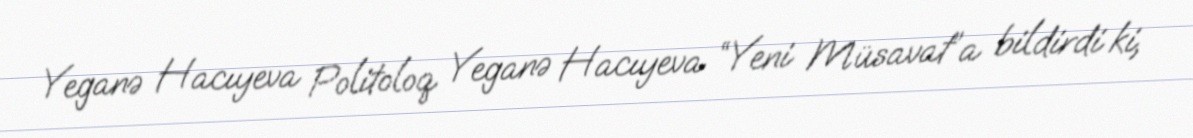
Yeganə Hacıyeva Politoloq Yeganə Hacıyeva “Yeni Müsavat”a bildirdi ki,